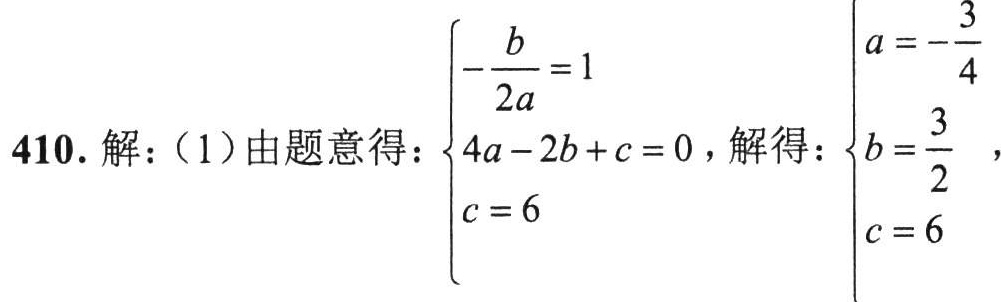
410. 解：（1）由题意得：\(\begin{cases}-\frac{b}{2a}=1\\4a - 2b + c = 0\\c = 6\end{cases}\)，解得：\(\begin{cases}a=-\frac{3}{4}\\b=\frac{3}{2}\\c = 6\end{cases}\) ，